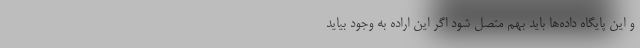
و این پایگاه داده‌ها باید بهم متصل شود اگر این اراده به وجود بیاید